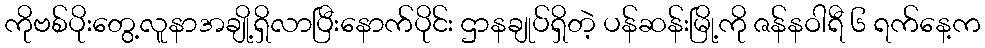
ကိုဗစ်ပိုးတွေ့လူနာအချို့ရှိလာပြီးနောက်ပိုင်း ဌာနချုပ်ရှိတဲ့ ပန်ဆန်းမြို့ကို ဇန်နဝါရီ ၆ ရက်နေ့က